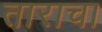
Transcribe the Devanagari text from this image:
ताराचा